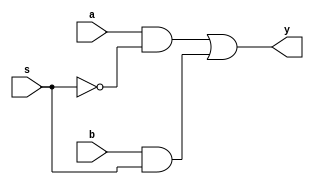
module mux2_1_1bit(
input a,b,s,
output y
    );
assign y=a&~s|b&s;

endmodule